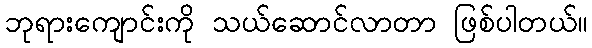
ဘုရားကျောင်းကို သယ်ဆောင်လာတာ ဖြစ်ပါတယ်။